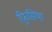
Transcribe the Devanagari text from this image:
फ़्रिसिया